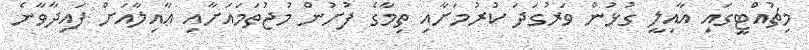
މިޗުއްޓީގައި އާއިލީ ގުޅުން ވަރުގަދަ ކުރުމަށާއި ތިމާގެ ފުށުން މުޖުތަމައަށާއި ޢާއިލާއަށް ފައިދާވާނެ